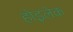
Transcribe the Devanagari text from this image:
होइलेक